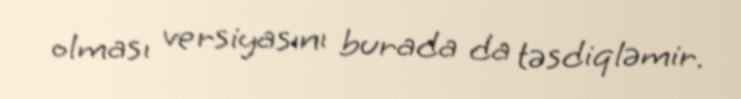
olması versiyasını burada da təsdiqləmir.